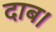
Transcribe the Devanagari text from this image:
दाब।